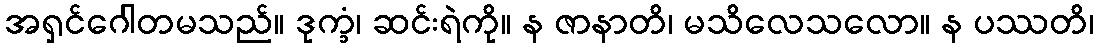
အရှင်ဂေါတမသည်။ ဒုက္ခံ၊ ဆင်းရဲကို။ န ဇာနာတိ၊ မသိလေသလော။ န ပဿတိ၊